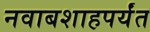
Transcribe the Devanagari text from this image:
नवाबशाहपर्यंत